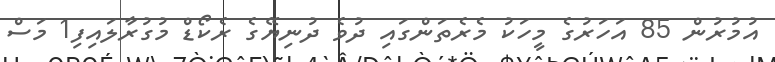
އުމުރުން 85 އަހަރުގެ މީހަކު މެރެތަންގައި ދުވެ ދުނިޔޭގެ ރެކޯޑް މުގުރާލައިފި1 މަސް